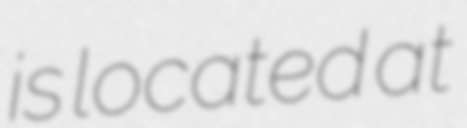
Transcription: is located at